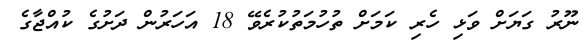
ނޫރު ގަޔަށް ވަޅި ހެރި ކަމަށް ތުހުމަތުކުރެވޭ 18 އަހަރުން ދަށުގެ ކުއްޖާގެ